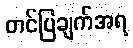
တင်ပြချက်အရ